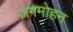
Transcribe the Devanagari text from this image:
ज़गमोहन